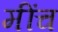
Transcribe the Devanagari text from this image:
मींच